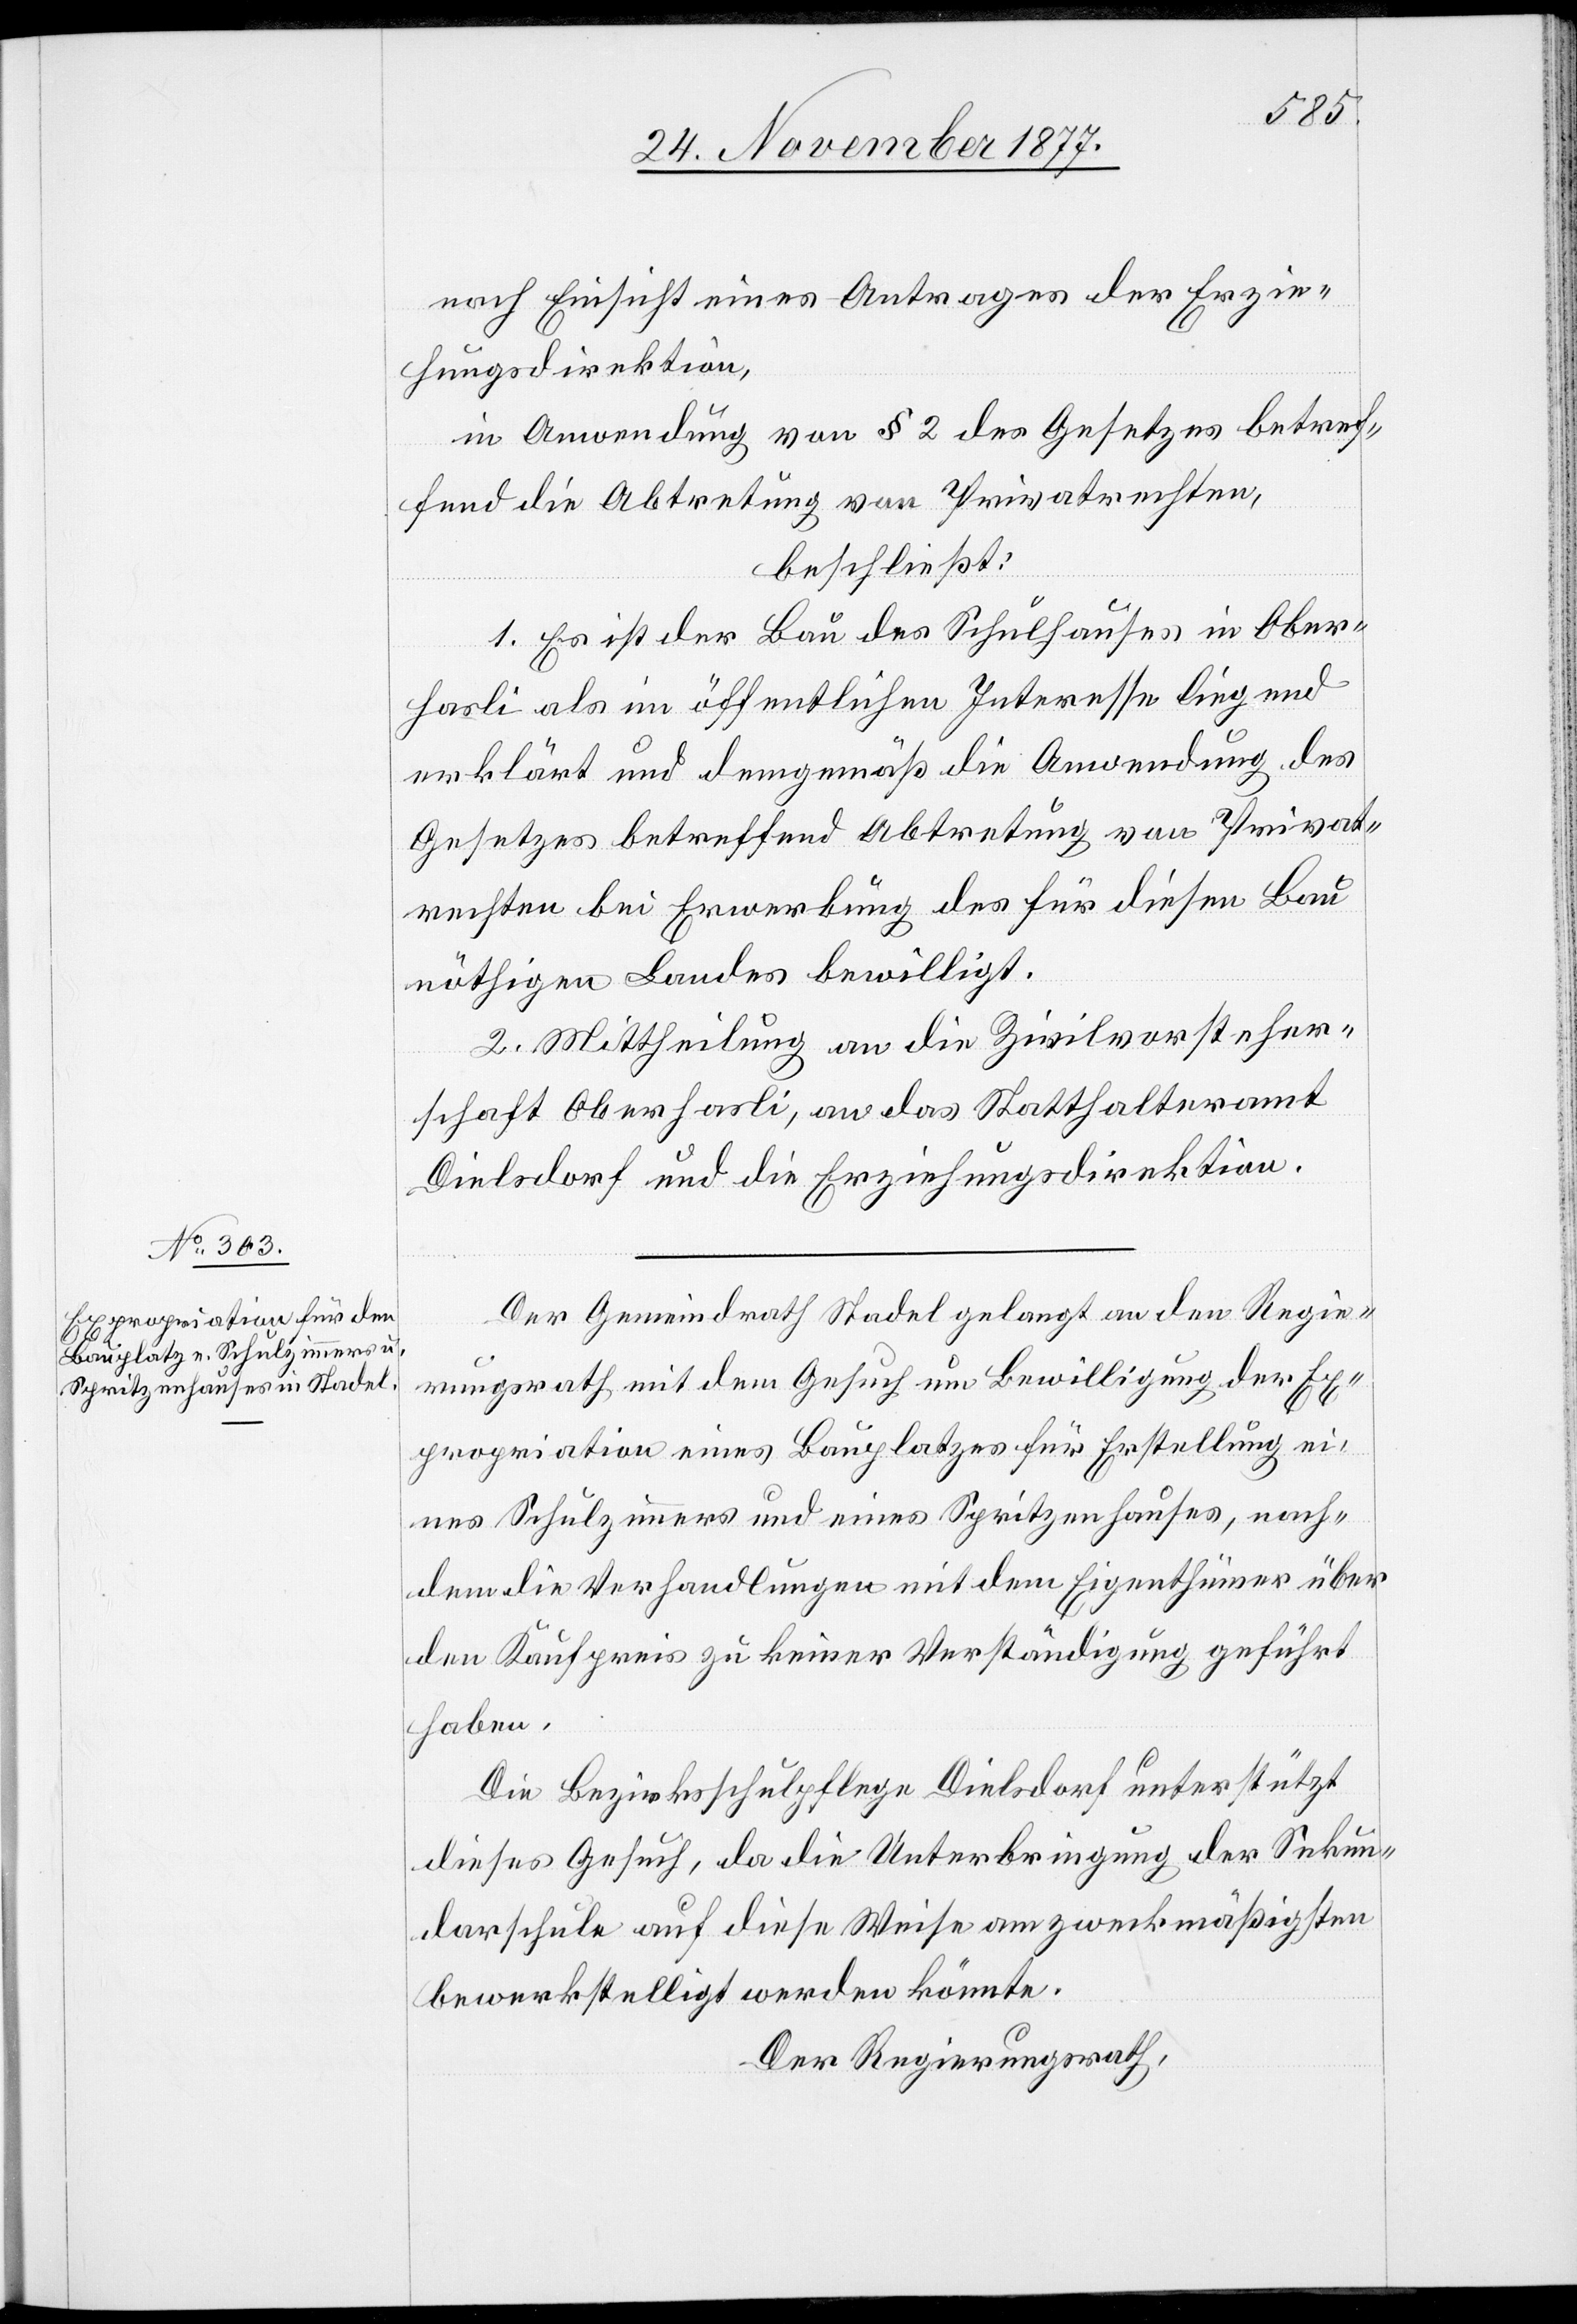
nach Einsicht eines Antrages der Erzie¬
hungsdirektion,
in Anwendung von § 2 des Gesetzes betref¬
fend die Abtretung von Privatrechten,
beschließt:
1. Es ist der Bau des Schulhauses in Ober¬
hasli als im öffentlichen Interesse liegend
erklärt und demgemäß die Anwendung des
Gesetzes betreffend Abtretung von Privat¬
rechten bei Erwerbung des für diesen Bau
nöthigen Landes bewilligt.
2. Mittheilung an die Zivilvorsteher¬
schaft Oberhasli, an das Statthalteramt
Dielsdorf und die Erziehungsdirektion.
Der Gemeindrath Stadel gelangt an den Regie¬
rungsrath mit dem Gesuch um Bewilligung der Ex¬
propriation eines Bauplatzes für Erstellung ei¬
nes Schulzimmers und eines Spritzenhauses, nach¬
dem die Verhandlungen mit dem Eigenthümer über
den Kaufpreis zu keiner Verständigung geführt
haben.
Die Bezirksschulpflege Dielsdorf unterstützt
dieses Gesuch, da die Unterbringung der Sekun¬
darschule auf diese Weise am zweckmäßigsten
bewerkstelligt werden könnte.
Der Regierungsrath,